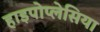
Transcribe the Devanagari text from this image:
हाइपोप्लेसिया